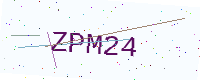
Text: ZPM24